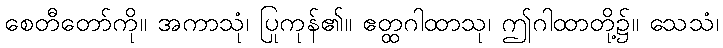
စေတီတော်ကို။ အကာသုံ၊ ပြုကုန်၏။ ဧတ္ထဂါထာသု၊ ဤဂါထာတို့၌။ သေသံ၊